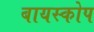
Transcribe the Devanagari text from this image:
बायस्कोप